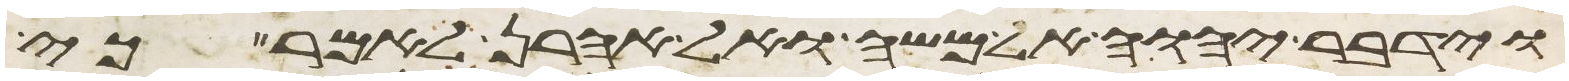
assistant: וידבר יהוה אל משה ואל אהרן לאמר כי